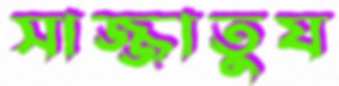
সাজ্জাতুয